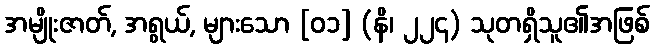
အမျိုးဇာတ်, အရွယ်, များသော [၀၁] (နိ၊ ၂၂၄) သုတရှိသူ၏အဖြစ်